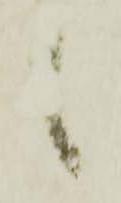
候